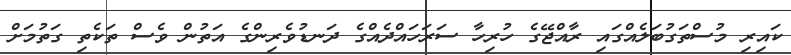
ކައިރި މުސްތަގުބަލެއްގައި ރާއްޖޭގެ ހުރިހާ ސަރަހައްދެއްގެ ދަނޑުވެރިންގެ އަތުން ވެސް ތަކެތި ގަތުމަށް